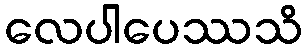
လေပါပေဿသိ